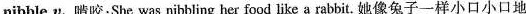
nibble v.晴咬;She was nibbling her food like a rabbit.她像兔子一样小口小口地